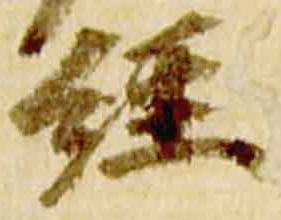
経